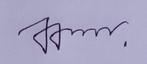
Signature authenticity: genuine